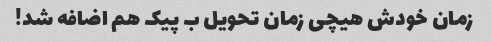
زمان خودش هیچی زمان تحویل ب پیک هم اضافه شد!